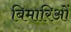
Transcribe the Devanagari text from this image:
बिमारिओं